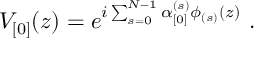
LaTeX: V _ { \lbrack 0 \rbrack } ( z ) = e ^ { i \sum _ { s = 0 } ^ { N - 1 } \alpha _ { \lbrack 0 \rbrack } ^ { ( s ) } \phi _ { ( s ) } ( z ) } ~ .